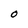
Character: O